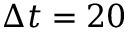
\Delta t = 2 0